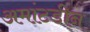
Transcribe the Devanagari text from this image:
अमांटडीन